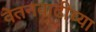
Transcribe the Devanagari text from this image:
वेतनवाढीच्या